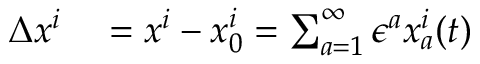
\begin{array} { r l } { \Delta x ^ { i } } & { { } = x ^ { i } - x _ { 0 } ^ { i } = \sum _ { a = 1 } ^ { \infty } \epsilon ^ { a } x _ { a } ^ { i } ( t ) } \end{array}